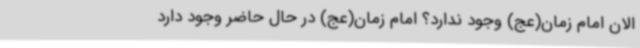
الان امام زمان(عج) وجود ندارد؟ امام زمان(عج) در حال حاضر وجود دارد